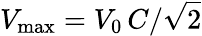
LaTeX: V_{\mathrm{max}}=V_{0}\, C/\sqrt{2}